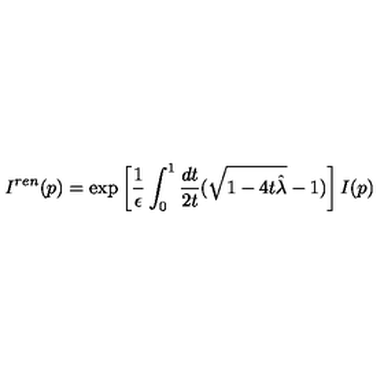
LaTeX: I ^ { r e n } ( p ) = \exp \left[ { \frac { 1 } { \epsilon } } \int _ { 0 } ^ { 1 } { \frac { d t } { 2 t } } ( \sqrt { 1 - 4 t { \hat { \lambda } } } - 1 ) \right] I ( p )